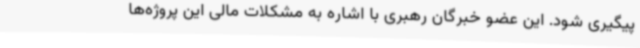
پیگیری شود. این عضو خبرگان رهبری با اشاره به مشکلات مالی این پروژه‌ها